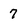
Character: 7